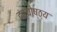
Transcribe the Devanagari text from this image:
दंत्योष्ठ्य